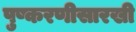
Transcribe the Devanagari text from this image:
पुष्करणीसारखी